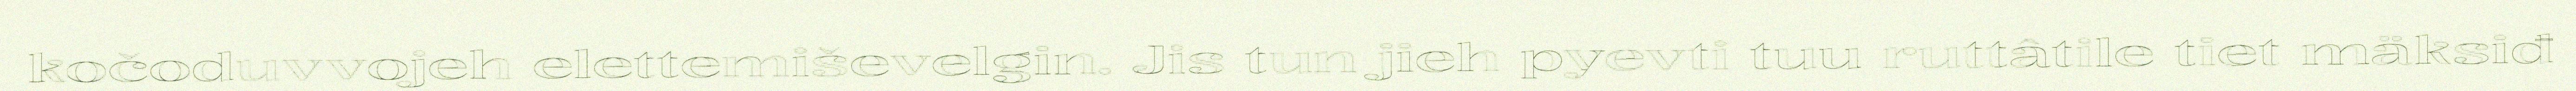
kočoduvvojeh elettemiševelgin. Jis tun jieh pyevti tuu ruttâtile tiet mäksiđ